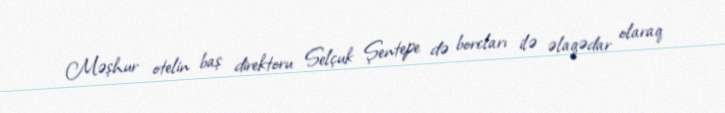
Məşhur otelin baş direktoru Selçuk Şentepe də borcları ilə əlaqədar olaraq